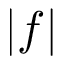
| f |